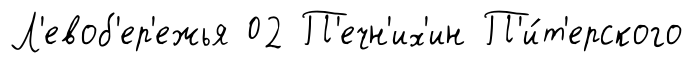
Л'евоб'ер'ежья 02 П'ечн'их'ин П'и́т'ерского